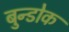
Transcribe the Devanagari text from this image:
बुन्डोक